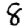
Digit: 8